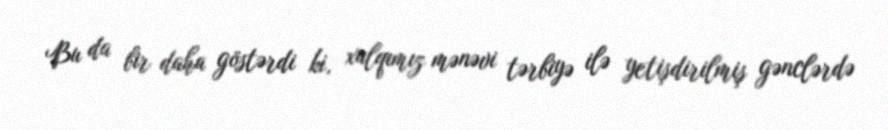
Bu da bir daha göstərdi ki, xalqımız mənəvi tərbiyə ilə yetişdirilmiş gənclərdə